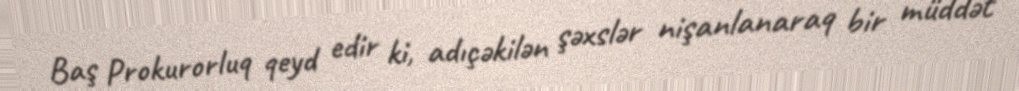
Baş Prokurorluq qeyd edir ki, adıçəkilən şəxslər nişanlanaraq bir müddət